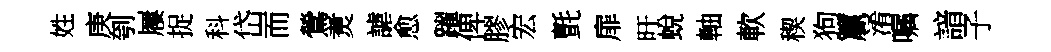
姓庚刳屨捉科岱而鶯煑謔愈躍俾膠宏氈扉旴蛻軸軟稧狗籯淆嘱諳子